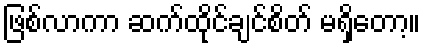
ဖြစ်လာကာ ဆက်ထိုင်ချင်စိတ် မရှိတော့။